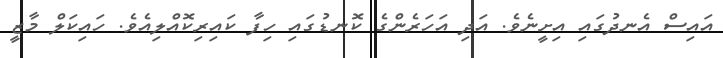
އައިސް އެނދުގައި އިށީނެވެ. އަދި އަހަރެންގެ ކޮނޑުގައި ހިފާ ކައިރިކޮއްލިއެވެ. ހައިކަލް މާޒީ